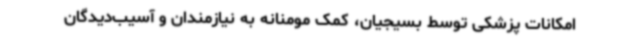
امکانات پزشکی توسط بسیجیان، کمک مومنانه به نیازمندان و آسیب‌دیدگان